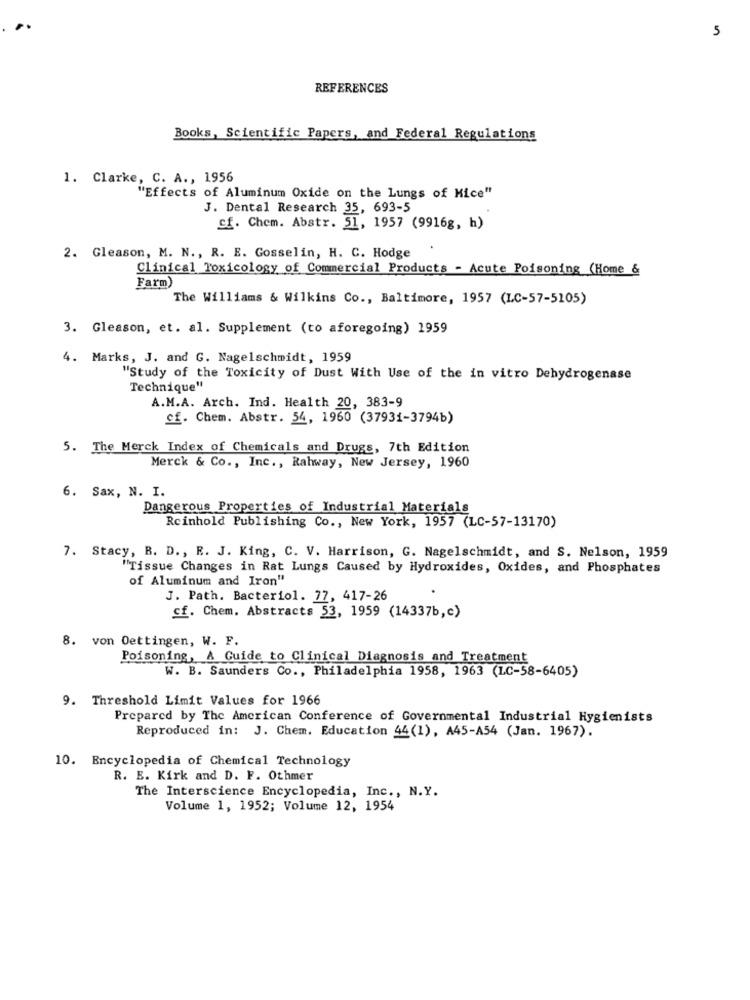
5
REFERENCES
Books, Scientific Papers, and Federal Regulations
1. Clarke, C. A ., 1956
"Effects of Aluminum Oxide on the Lungs of Mice"
J. Dental Research 35, 693-5
cf. Chem. Abstr. 51, 1957 (9916g, h)
2. Gleason, M. N ., R. E. Gosselin, H. C. Hodge
Clinical Toxicology of Commercial Products - Acute Poisoning (Home &
Farm)
The Williams & Wilkins Co ., Baltimore, 1957 (LC-57-5105)
3. Gleason, et. al. Supplement (to aforegoing) 1959
4. Marks, J. and G. Nagelschmidt, 1959
"Study of the Toxicity of Dust With Use of the in vitro Dehydrogenase
Technique"
A.M.A. Arch. Ind. Health 20, 383-9
cf. Chem. Abstr. 54, 1960 (37931-3794b)
5. The Merck Index of Chemicals and Drugs, 7th Edition
Merck & Co ., Inc ., Rahway, New Jersey, 1960
6. Sax, N. I.
Dangerous Properties of Industrial Materials
Reinhold Publishing Co ., New York, 1957 (LC-57-13170)
7. Stacy, B. D ., R. J. King, C. V. Harrison, G. Nagelschmidt, and S. Nelson, 1959
"Tissue Changes in Rat Lungs Caused by Hydroxides, Oxides, and Phosphates
of Aluminum and Iron"
J. Path. Bacteriol. 77, 417-26
cf. Chem. Abstracts 53, 1959 (14337b,c)
8. von Oettingen, W. F.
Poisoning, A Guide to Clinical Diagnosis and Treatment
W. B. Saunders Co ., Philadelphia 1958, 1963 (LC-58-6405)
9. Threshold Limit Values for 1966
Prepared by The American Conference of Governmental Industrial Hygienists
Reproduced in: J. Chem. Education 44(1), A45-A54 (Jan. 1967).
10. Encyclopedia of Chemical Technology
R. E. Kirk and D. F. Othmer
The Interscience Encyclopedia, Inc ., N.Y.
Volume 1, 1952; Volume 12, 1954